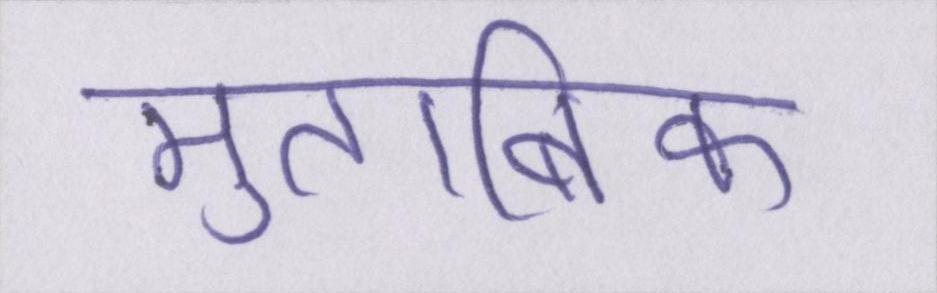
मुताबिक